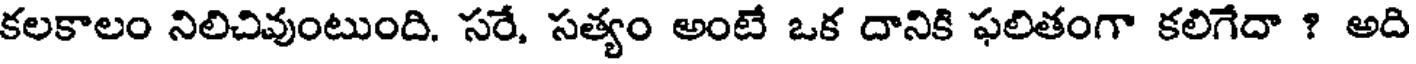
కలకాలం నిలిచివుంటుంది. సరే, సత్యం అంటే ఒక దానికి ఫలితంగా కలిగేదా ? అది